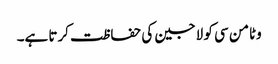
وٹامن سی کو لاجین کی حفاظت کرتا ہے۔